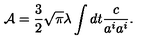
{ \cal A } = { \frac { 3 } { 2 } } \sqrt { \pi } \lambda \int d t { \frac { c } { a ^ { i } a ^ { i } } } .